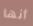
أنها